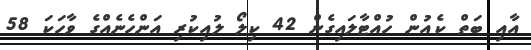
އާއި ބަތް ކެއުން ހުއްޓާލައިގެން 42 ކިލޯ ލުއިކުރި އަންހެނެއްގެ ވާހަކަ 58